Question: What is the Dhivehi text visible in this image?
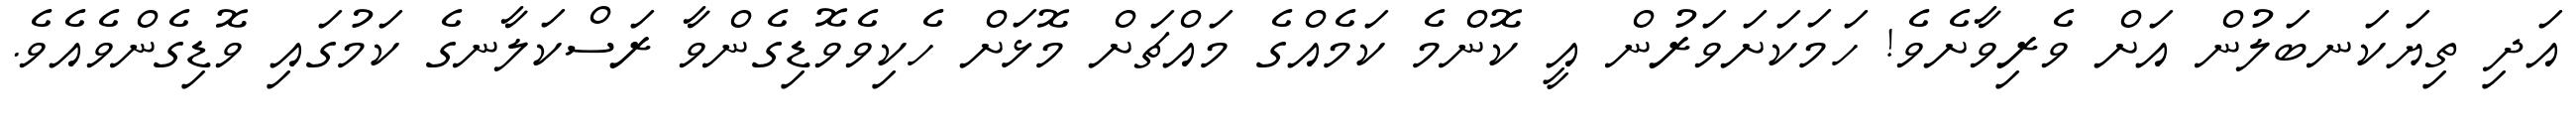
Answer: އަދި ތިޔަކަނބަލުން އަށް ވެރިވާށެވެ! ހަމަކަށަވަރުން އީ ކޮންމެ ކަމެއްގެ މައްޗަށް މޮޅަށް ހެކިވެވޮޑިގެންވާ ރަސްކަލާނގެ ކަމުގައި ވޮޑިގެންވެއެވެ.